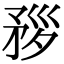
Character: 𥍧